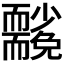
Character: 𮋢